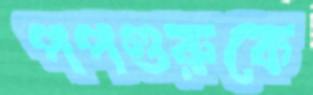
পপগুরুকে